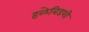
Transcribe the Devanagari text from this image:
हळेबिडशी